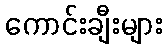
ကောင်းချီးများ